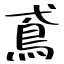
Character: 鳶